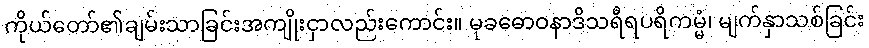
ကိုယ်တော်၏ချမ်းသာခြင်းအကျိုးငှာလည်းကောင်း။ မုခဓောဝနာဒိသရီရပရိကမ္မံ၊ မျက်နှာသစ်ခြင်း